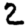
Digit: 2